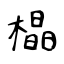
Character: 橸